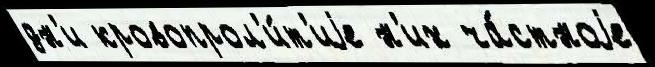
дн'и кровопрол'и́т'иjе н'их ча́стноjе